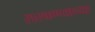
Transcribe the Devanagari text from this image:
सरकण्याच्या